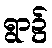
ရွာ၌